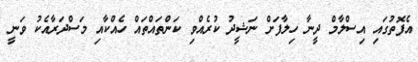
އެފޮތުގައި އިސްލާމް ދީނާ ހިލާފަށް ނަޝީދު ކުރެއްވި ކަންތައްތައް ހެއްކާއި މަސްދަރާއެކު ވަނީ